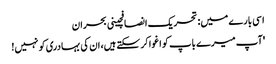
اسی بارے میں: تحریک انصافچینی بحران
'آپ میرے باپ کو اغوا کر سکتے ہیں، ان کی بہادری کو نہیں!